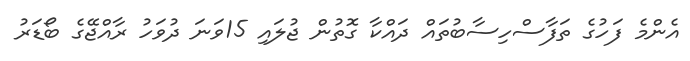
އެންމެ ފަހުގެ ތަފާސްހިސާބުތައް ދައްކާ ގޮތުން ޖުލައި 15ވަނަ ދުވަހު ރާއްޖޭގެ ބޯޑަރު